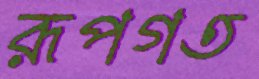
রূপগত